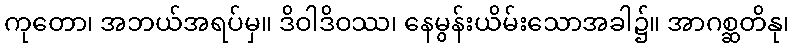
ကုတော၊ အဘယ်အရပ်မှ။ ဒိဝါဒိဝဿ၊ နေမွန်းယိမ်းသောအခါ၌။ အာဂစ္ဆတိနု၊